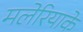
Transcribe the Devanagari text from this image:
मलेरियाके